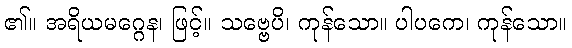
၏။ အရိယမဂ္ဂေန၊ ဖြင့်။ သဗ္ဗေပိ၊ ကုန်သော။ ပါပကေ၊ ကုန်သော။